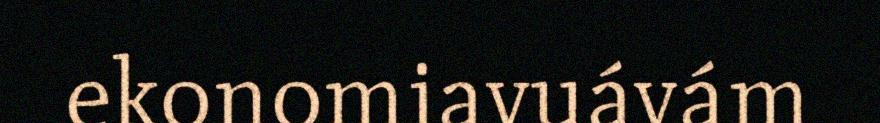
ekonomiavuávám